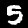
Digit: 5